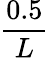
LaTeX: \frac{0.5}{L}